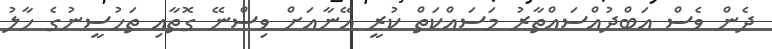
ދެން ވެސް އަބްދުއްސައްތާރު މަސައްކަތް ކުރީ އޭނާއަށް ވިސްނޭ ގޮތާއި ތަހުސީނުގެ ހާލު